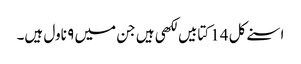
اسنے کل 14 کتابیں لکھی ہیں جن میں ۹ ناول ہیں۔